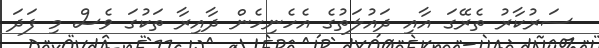
ސަރުކާރު ތެރޭގަ އާއި ދައުލަތުގެ އެހެނިހެން ދާއިރާ ތަކުގަ ވެސް މި ފަދަ